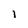
Character: l